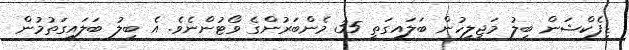
ޑިފެކްޝަން ބިލު މަޖިލީހުން ބަލައިގަތީ 35 މެންބަރުންގެ ވޯޓުންނެވެ. އެ ބިލު ބަލައިގަތުމުން